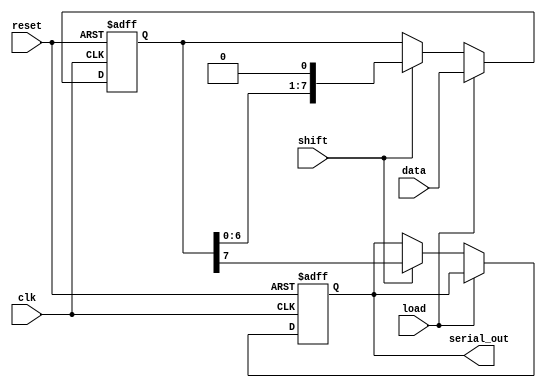
module PISO_Register (
    input wire [7:0] data,    // 8-bit parallel data input
    input wire load,          // Load control signal
    input wire shift,         // Shift control signal
    input wire clk,           // Clock signal
    input wire reset,         // Asynchronous reset signal
    output reg serial_out     // Serial output
);

    reg [7:0] shift_reg;      // Internal register to hold the 8-bit data

    // Asynchronous reset and load/shift operations
    always @(posedge clk or posedge reset) begin
        if (reset) begin
            shift_reg <= 8'b0; // Clear the register on reset
            serial_out <= 1'b0; // Ensure serial output is also reset
        end else begin
            if (load) begin
                shift_reg <= data; // Load data into the shift register
            end else if (shift) begin
                // Shift the data out serially
                serial_out <= shift_reg[7]; // Output the MSB
                shift_reg <= {shift_reg[6:0], 1'b0}; // Shift left and fill LSB with 0
            end
        end
    end

endmodule